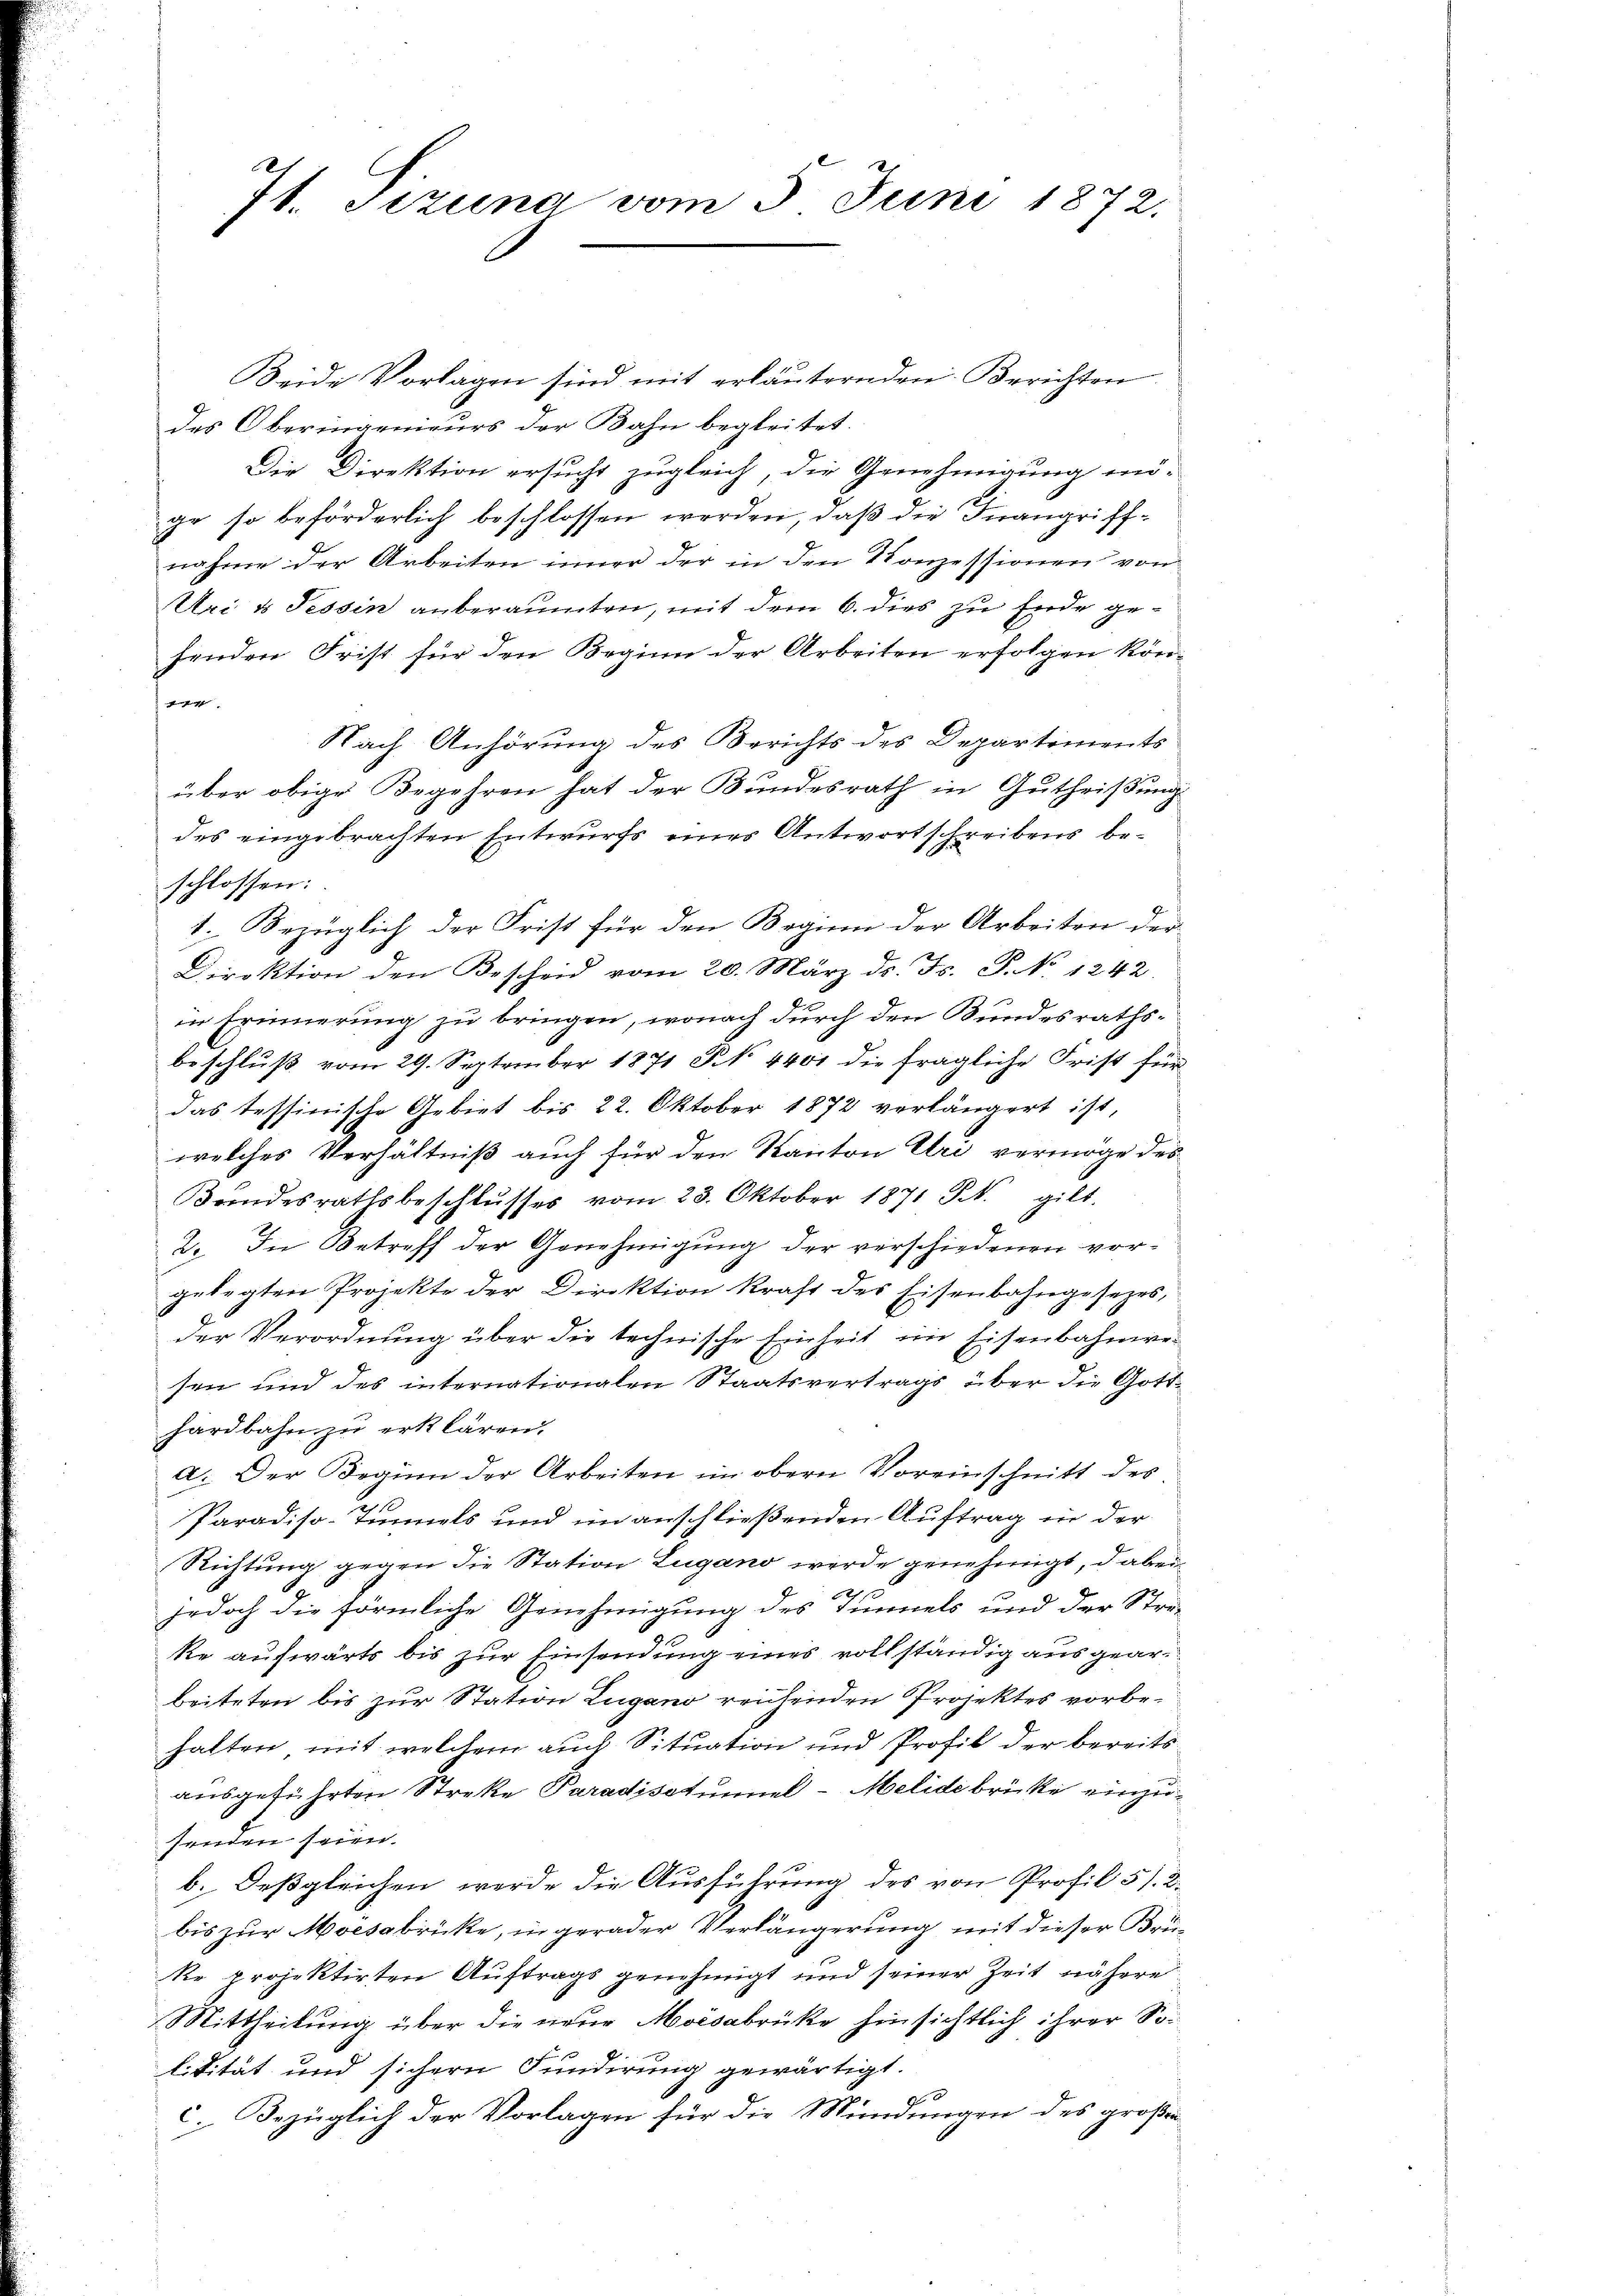
7t. Jezuna vom 5. Juni 1872.

Beide Vorlagen sind mit erläuternden Berichten
des Oberingenieurs der Bahn begleitet.
Die Direktion ersucht zugleich, die Genehmigung mi-
ge so beförderlich beschlossen werden, daß die Inangriffnahme der Arbeiten inner der in den Konzessionen von
Uri & Tessin anberaumten, mit dem 6. dies zu Ende gehenden Frist für den Beginn der Arbeiten erfolgen kön-
s
Nach Anhörung des Berichts des Departements
über obige Begehren hat der Bundesrath in Gutheißung
des eingebrachten Entwurfs eines Antwortschreibens beschlossen:
1. Bezüglich der Frist für den Beginn der Arbeiten der
Direktion den Bescheid vom 20. März ds. Fs. P. No 1242.
in Erinnerung zu bringen, wonach durch den Bundesrathsbeschlŭβ vom 29. September 1871 No. 4401 die fragliche Frist für
das tessinische Gebiet bis 22. Oktober 1872 verlängert ist,
welches Verhältniß auch für den Kanton Uri vermöge des
Bandesrathsbeschlŭsses vom 23. Oktober 1871 Frk. gilt.
2. In Betreff der Genehmigung der verschiedenen vorgelegten Projekte der Direktion kraft des Eisenbahngesezes,
der Verordnung über die technische Einheit im Eisenbahnwesen und des internationalen Staatsvertrags über die Gotthardbahn zu erklären.
a. Der Beginn der Arbeiten im obern Voreinschnitt des
Paradiso-Tunnels und unanschließenden Auftrag in der
Richtung gegen die Station Lugano werde genehmigt, dabei
jedoch die förmliche Genehmigung des Tunnels und der Strake aufwärts bis zur Einsendung eines vollständig ausgearbeiteten bis zur Station Lugano reichenden Projektes vorbehalten, mit welchem auch Situation und Profil der bereitsausgeführten Streke Paradisotumiel- Melidébrücke einzusenden seien.
b. Deßgleichen werde die Ausführung des von Profil 51. 2.
bis zur Moesabrücke, in gerader Verlängerung mit dieser Brüke projektirten Auftrags genehmigt und seiner Zeit nähere
Mittheilung über die neue Moisabrücke hinsichtlich ihrer So-
litität und sichern Fundirung gewärtigt.
9
c. Bezüglich der Vorlagen für die Mündungen des große